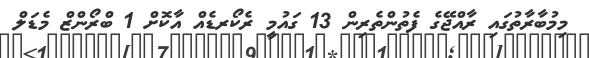
މިމުބާރާތުގައި ރާއްޖޭގެ ފެތުންތެރިން 13 ގައުމީ ރެކޯރޑެއް އާކޮށް 1 ބްރޯންޒް މެޑަލް